Civil Veterinary Department Bihar & Orissa reports 1922-29 - 1922-1929
Year: 1922
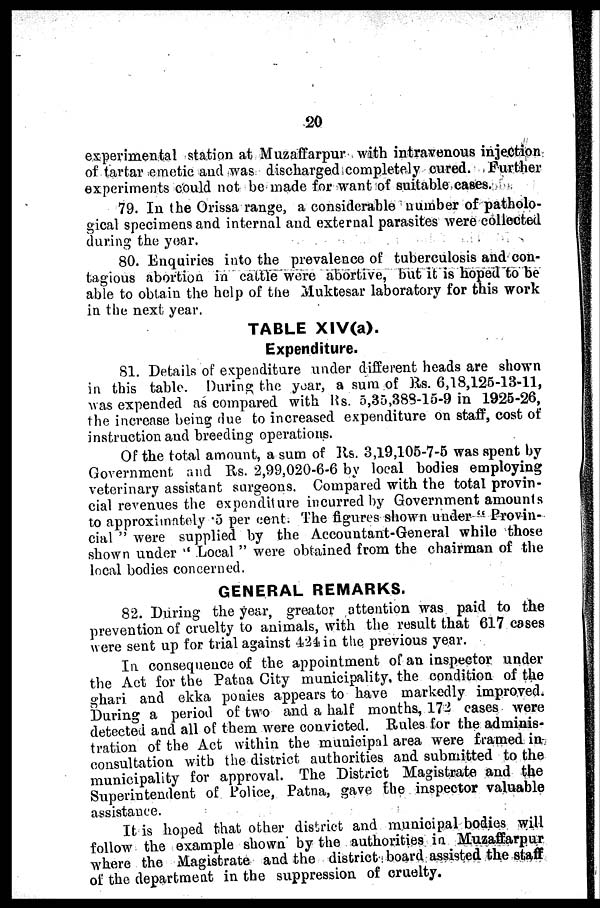
20
experimental station at Muzaffarpur with intravenous injection
of tartar emetic and was discharged completely cured. Further
experiments could not be made for want of suitable cases.
79. In the Orissa range, a considerable number of patholo-
gical specimens and internal and external parasites were collected
during the year.
80. Enquiries into the prevalence of tuberculosis and con-
tagious abortion in cattle were abortive, but it is hoped to be
able to obtain the help of the Muktesar laboratory for this work
in the next year.
TABLE XIV(a).
Expenditure.
81. Details of expenditure under different heads are shown
in this table. During the year, a sum of Rs. 6,18,125-13-11,
was expended as compared with Rs. 5,35,388-15-9 in 1925-26,
the increase being Hue to increased expenditure on staff, cost of
instruction and breeding operations.
Of the total amount, a sum of Rs. 3,19,105-7-5 was spent by
Government and Rs. 2,99,020-6-6 by local bodies employing
veterinary assistant surgeons. Compared with the total provin-
cial revenues the expenditure incurred by Government amounts
to approximately 5 per cent. The figures shown under " Provin-
cial " were supplied by the Accountant-General while those
shown under " Local " were obtained from the chairman of the
local bodies concerned.
GENERAL REMARKS.
82. During the year, greater attention was paid to the
prevention of cruelty to animals, with the result that 617 cases
were sent up for trial against 124 in the previous year.
In consequence of the appointment of an inspector under
the Act for the Patna City municipality, the condition of the
ghari and ekka ponies appears to have markedly improved.
During a period of two and a half months, 172 cases were
detected and all of them were convicted. Rules for the adminis-
tration of the Act within the municipal area were framed in
consultation with the district authorities and submitted to the
municipality for approval. The District Magistrate and the
Superintendent of Police, Patna, gave the inspector valuable
assistance.
It is hoped that other district and municipal bodies will
follow the example shown by the authorities in Muzaffarpur
where the Magistrate and the district board assisted the staff
of the department in the suppression of cruelty.